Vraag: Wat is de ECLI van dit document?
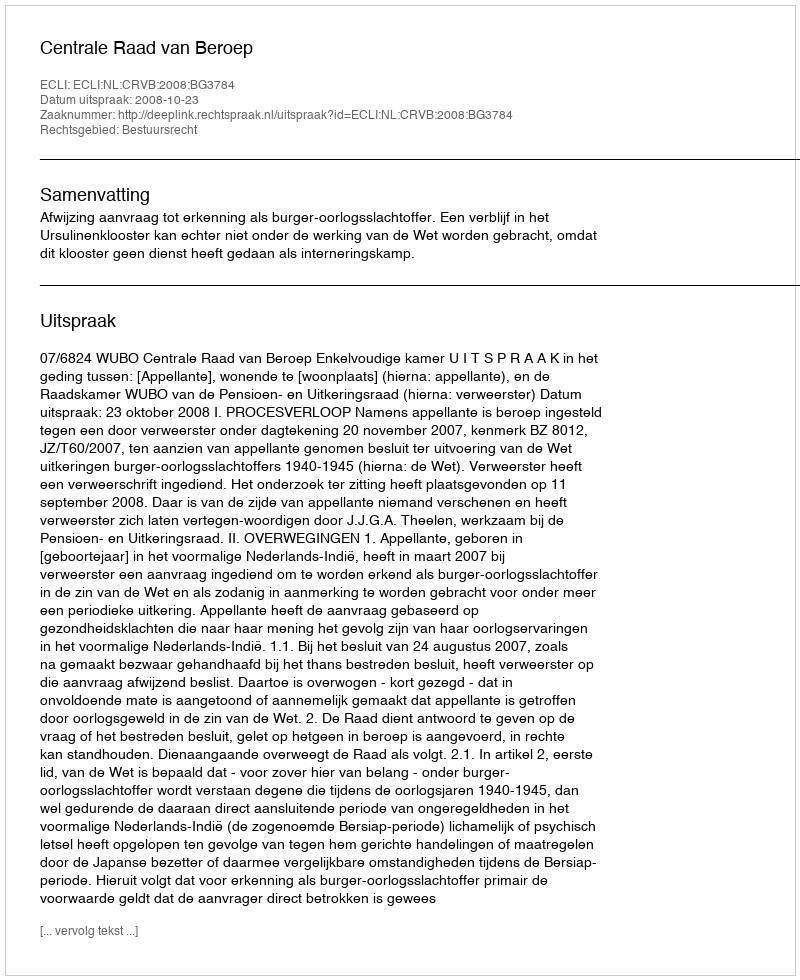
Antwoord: ECLI:NL:CRVB:2008:BG3784